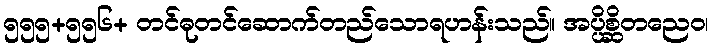
၅၅၅+၅၅၆+ တင်ဓုတင်ဆောက်တည်သောရဟန်းသည်။ အပ္ပိစ္ဆိတညေဝ၊